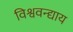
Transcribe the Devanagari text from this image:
विश्ववन्द्याय